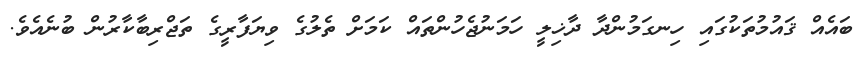
ބައެއް ޤައުމުތަކުގައި ހިނގަމުންދާ ދާޚިލީ ހަމަނުޖެހުންތައް ކަމަށް ތެލުގެ ވިޔަފާރީގެ ތަޖްރިބާކާރުން ބުނެއެވެ.